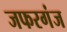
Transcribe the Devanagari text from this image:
जफरगंज